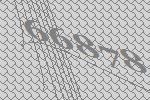
66878